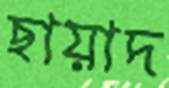
ছায়াদ